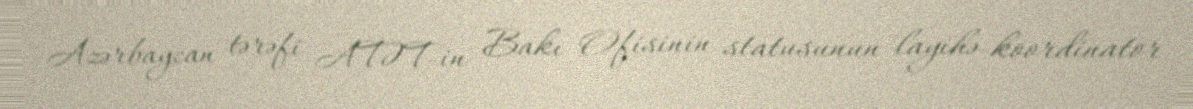
Azərbaycan tərəfi ATƏT-in Bakı Ofisinin statusunun layihə-koordinator